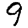
Digit: 9